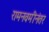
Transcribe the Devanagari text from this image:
रामनवमीनंतर